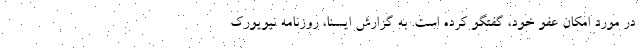
در مورد امکان عفو خود، گفتگو کرده است. به گزارش ایسنا، روزنامه نیویورک